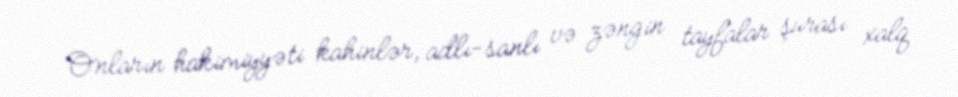
Onların hakimiyyəti kahinlər, adlı-sanlı və zəngin tayfalar şurası xalq